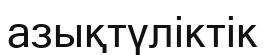
азықтүліктік